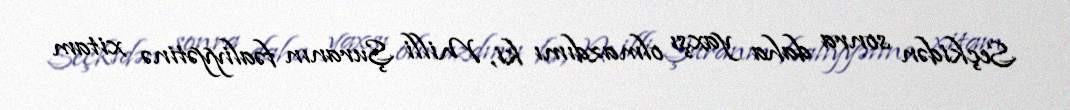
Seçkidən sonra daha yaxşı olmazdımı ki, Milli Şuranın fəaliyyətinə xitam